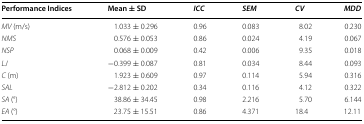
<table><thead><tr><td><b>Performance Indices</b></td><td><b>Mean ± SD</b></td><td><b><i>ICC</i></b></td><td><b><i>SEM</i></b></td><td><b><i>CV</i></b></td><td><b><i>MDD</i></b></td></tr></thead><tbody><tr><td><i>MV</i> (m/s)</td><td>1.033 ± 0.296</td><td>0.96</td><td>0.083</td><td>8.02</td><td>0.230</td></tr><tr><td><i>NMS</i></td><td>0.576 ± 0.053</td><td>0.86</td><td>0.024</td><td>4.19</td><td>0.067</td></tr><tr><td><i>NSP</i></td><td>0.068 ± 0.009</td><td>0.42</td><td>0.006</td><td>9.35</td><td>0.018</td></tr><tr><td><i>LJ</i></td><td>−0.399 ± 0.087</td><td>0.81</td><td>0.034</td><td>8.44</td><td>0.093</td></tr><tr><td><i>C</i> (m)</td><td>1.923 ± 0.609</td><td>0.97</td><td>0.114</td><td>5.94</td><td>0.316</td></tr><tr><td><i>SAL</i></td><td>−2.812 ± 0.202</td><td>0.34</td><td>0.116</td><td>4.12</td><td>0.322</td></tr><tr><td><i>SA</i> (°)</td><td>38.86 ± 34.45</td><td>0.98</td><td>2.216</td><td>5.70</td><td>6.144</td></tr><tr><td><i>EA</i> (°)</td><td>23.75 ± 15.51</td><td>0.86</td><td>4.371</td><td>18.4</td><td>12.11</td></tr></tbody></table>